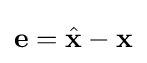
\mathbf {e} ={\hat {\mathbf {x} }}-\mathbf {x}